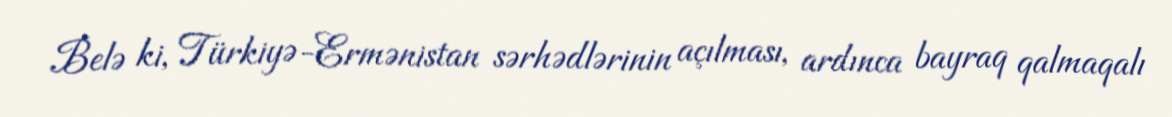
Belə ki, Türkiyə-Ermənistan sərhədlərinin açılması, ardınca bayraq qalmaqalı